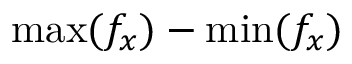
\mathrm { m a x } ( f _ { x } ) - \mathrm { m i n } ( f _ { x } )